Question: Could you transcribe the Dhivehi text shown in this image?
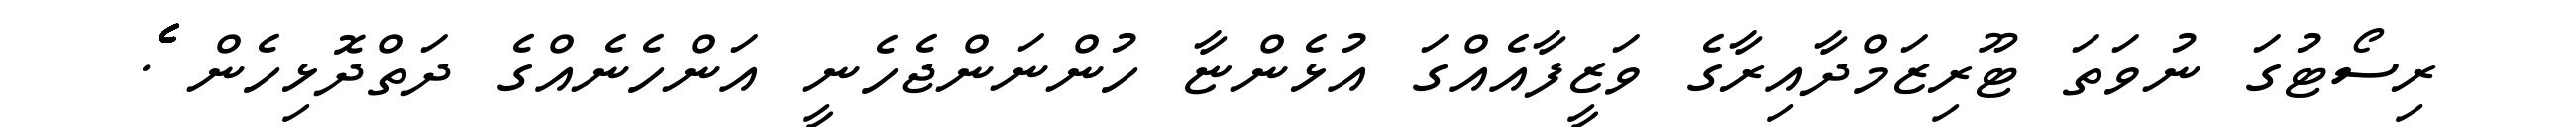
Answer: ރިސޯޓުގަ ނުވަތަ ޓޫރިޒަމްދާއިރާގެ ވަޒީފާއެއްގަ އުޅެންޏާ ހުންނަންޖެހެނީ އަންހެނެއްގެ ދަތްދޮޅިހެން ެެެެެެެެެެެެެެެެެ.